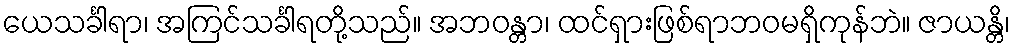
ယေသင်္ခါရာ၊ အကြင်သင်္ခါရတို့သည်။ အဘဝန္တာ၊ ထင်ရှားဖြစ်ရာဘဝမရှိကုန်ဘဲ။ ဇာယန္တိ၊